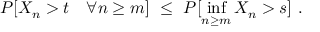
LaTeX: P [ X _ { n } > t \quad \forall n \ge m ] \ \le \ P [ \operatorname * { i n f } _ { n \ge m } X _ { n } > s ] \ .